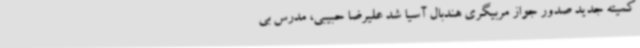
کمیته جدید صدور جواز مربیگری هندبال آسیا شد علیرضا حبیبی، مدرس بی